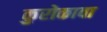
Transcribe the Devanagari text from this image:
कुरोकावा